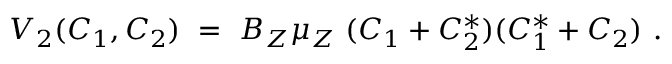
V _ { 2 } ( C _ { 1 } , C _ { 2 } ) \ = \ B _ { Z } \mu _ { Z } \ ( C _ { 1 } + C _ { 2 } ^ { * } ) ( C _ { 1 } ^ { * } + C _ { 2 } ) \ .